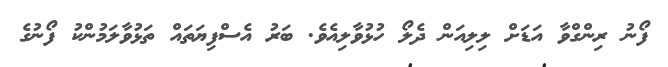
ފޯނު ރިންގްވާ އަޑަށް ލިލިއަން ދެލޯ ހުޅުވާލިއެވެ. ބަރު އެސްފިޔަތައް ތަޅުވާލަމުންކު ފޯނުގެ